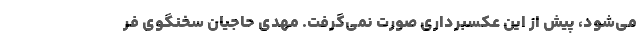
می‌شود، پیش از این عکسبرداری صورت نمی‌گرفت. مهدی حاجیان سخنگوی فر